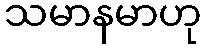
သမာနမာဟု